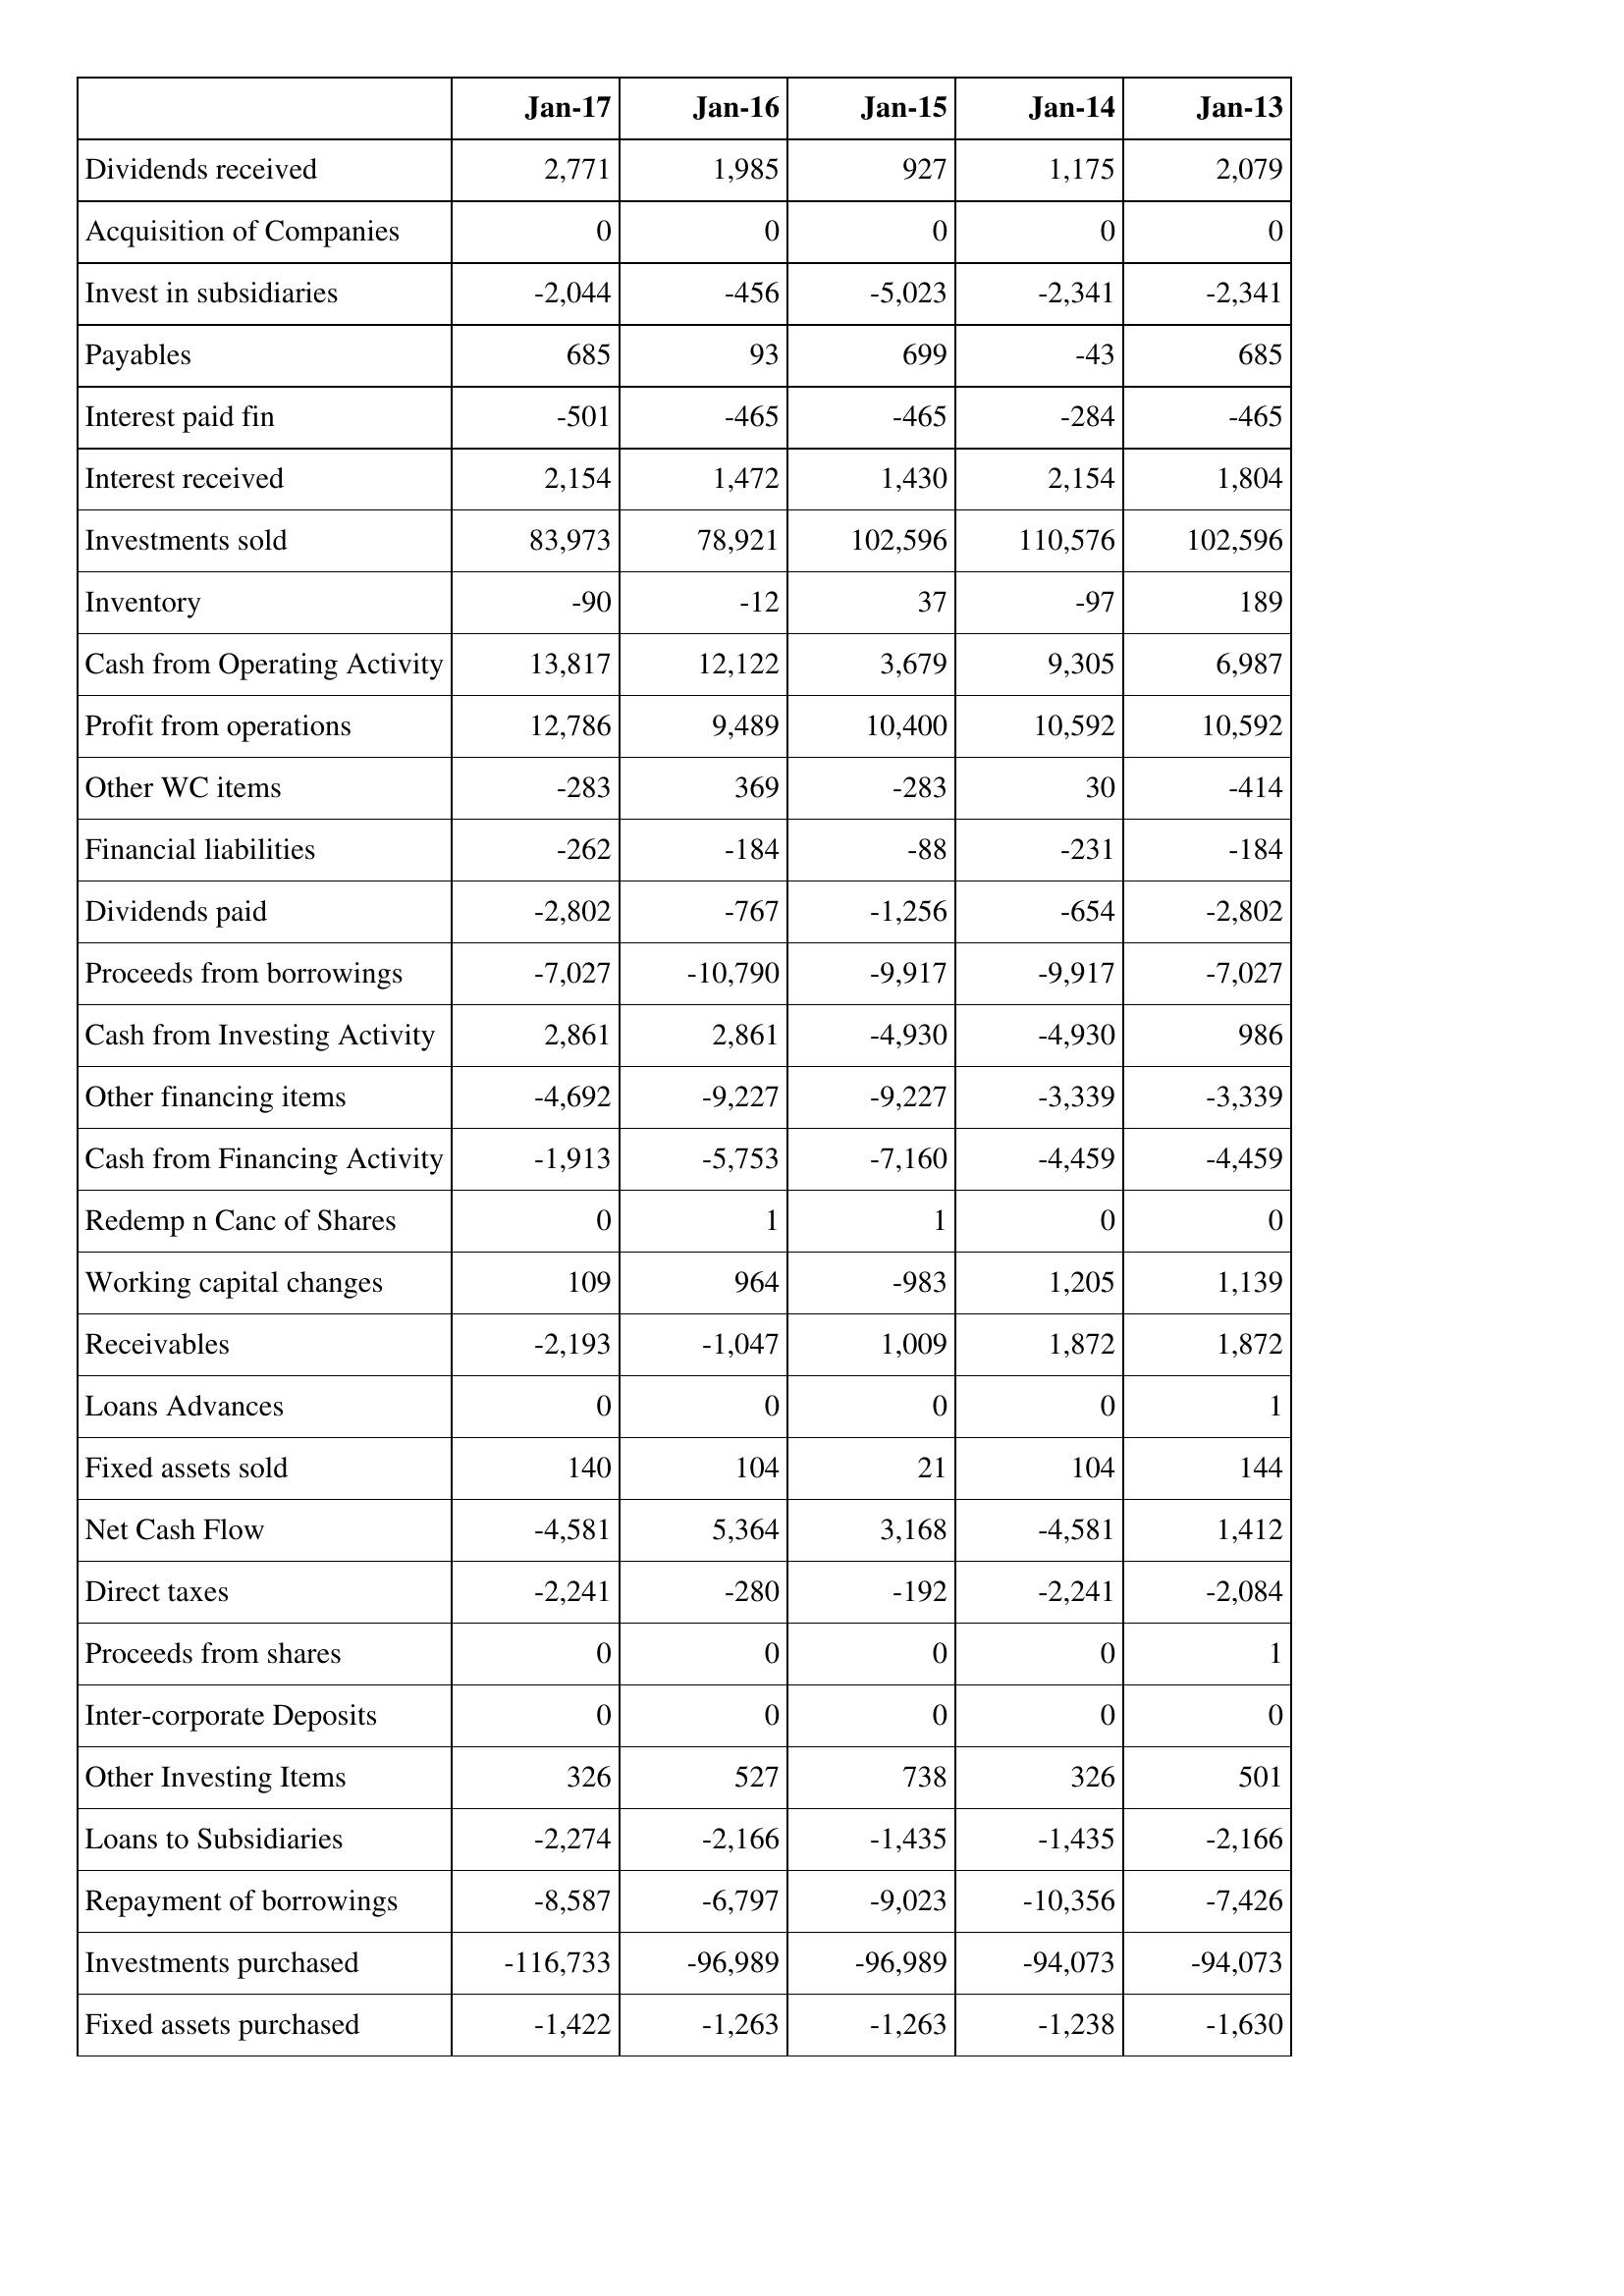
Jan-17: Cash Flows: Dividends received: 2,771
Acquisition of Companies: 0
Invest in subsidiaries: -2,044
Payables: 685
Interest paid fin: -501
Interest received: 2,154
Investments sold: 83,973
Inventory: -90
Cash from Operating Activity: 13,817
Profit from operations: 12,786
Other WC items: -283
Financial liabilities: -262
Dividends paid: -2,802
Proceeds from borrowings: -7,027
Cash from Investing Activity: 2,861
Other financing items: -4,692
Cash from Financing Activity: -1,913
Redemp n Canc of Shares: 0
Working capital changes: 109
Receivables: -2,193
Loans Advances: 0
Fixed assets sold: 140
Net Cash Flow: -4,581
Direct taxes: -2,241
Proceeds from shares: 0
Inter-corporate Deposits: 0
Other Investing Items: 326
Loans to Subsidiaries: -2,274
Repayment of borrowings: -8,587
Investments purchased: -116,733
Fixed assets purchased: -1,422
Jan-16: Cash Flows: Dividends received: 1,985
Acquisition of Companies: 0
Invest in subsidiaries: -456
Payables: 93
Interest paid fin: -465
Interest received: 1,472
Investments sold: 78,921
Inventory: -12
Cash from Operating Activity: 12,122
Profit from operations: 9,489
Other WC items: 369
Financial liabilities: -184
Dividends paid: -767
Proceeds from borrowings: -10,790
Cash from Investing Activity: 2,861
Other financing items: -9,227
Cash from Financing Activity: -5,753
Redemp n Canc of Shares: 1
Working capital changes: 964
Receivables: -1,047
Loans Advances: 0
Fixed assets sold: 104
Net Cash Flow: 5,364
Direct taxes: -280
Proceeds from shares: 0
Inter-corporate Deposits: 0
Other Investing Items: 527
Loans to Subsidiaries: -2,166
Repayment of borrowings: -6,797
Investments purchased: -96,989
Fixed assets purchased: -1,263
Jan-15: Cash Flows: Dividends received: 927
Acquisition of Companies: 0
Invest in subsidiaries: -5,023
Payables: 699
Interest paid fin: -465
Interest received: 1,430
Investments sold: 102,596
Inventory: 37
Cash from Operating Activity: 3,679
Profit from operations: 10,400
Other WC items: -283
Financial liabilities: -88
Dividends paid: -1,256
Proceeds from borrowings: -9,917
Cash from Investing Activity: -4,930
Other financing items: -9,227
Cash from Financing Activity: -7,160
Redemp n Canc of Shares: 1
Working capital changes: -983
Receivables: 1,009
Loans Advances: 0
Fixed assets sold: 21
Net Cash Flow: 3,168
Direct taxes: -192
Proceeds from shares: 0
Inter-corporate Deposits: 0
Other Investing Items: 738
Loans to Subsidiaries: -1,435
Repayment of borrowings: -9,023
Investments purchased: -96,989
Fixed assets purchased: -1,263
Jan-14: Cash Flows: Dividends received: 1,175
Acquisition of Companies: 0
Invest in subsidiaries: -2,341
Payables: -43
Interest paid fin: -284
Interest received: 2,154
Investments sold: 110,576
Inventory: -97
Cash from Operating Activity: 9,305
Profit from operations: 10,592
Other WC items: 30
Financial liabilities: -231
Dividends paid: -654
Proceeds from borrowings: -9,917
Cash from Investing Activity: -4,930
Other financing items: -3,339
Cash from Financing Activity: -4,459
Redemp n Canc of Shares: 0
Working capital changes: 1,205
Receivables: 1,872
Loans Advances: 0
Fixed assets sold: 104
Net Cash Flow: -4,581
Direct taxes: -2,241
Proceeds from shares: 0
Inter-corporate Deposits: 0
Other Investing Items: 326
Loans to Subsidiaries: -1,435
Repayment of borrowings: -10,356
Investments purchased: -94,073
Fixed assets purchased: -1,238
Jan-13: Cash Flows: Dividends received: 2,079
Acquisition of Companies: 0
Invest in subsidiaries: -2,341
Payables: 685
Interest paid fin: -465
Interest received: 1,804
Investments sold: 102,596
Inventory: 189
Cash from Operating Activity: 6,987
Profit from operations: 10,592
Other WC items: -414
Financial liabilities: -184
Dividends paid: -2,802
Proceeds from borrowings: -7,027
Cash from Investing Activity: 986
Other financing items: -3,339
Cash from Financing Activity: -4,459
Redemp n Canc of Shares: 0
Working capital changes: 1,139
Receivables: 1,872
Loans Advances: 1
Fixed assets sold: 144
Net Cash Flow: 1,412
Direct taxes: -2,084
Proceeds from shares: 1
Inter-corporate Deposits: 0
Other Investing Items: 501
Loans to Subsidiaries: -2,166
Repayment of borrowings: -7,426
Investments purchased: -94,073
Fixed assets purchased: -1,630